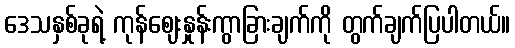
ဒေသနှစ်ခုရဲ့ ကုန်ဈေးနှုန်းကွာခြားချက်ကို တွက်ချက်ပြပါတယ်။